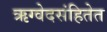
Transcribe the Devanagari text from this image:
ऋग्वेदसंहितेत